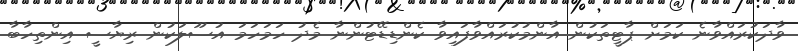
ވާދަކުރައްވާނެ ކަމަށް ޕާޓީތަކުން އާންމުކުރައްވާފައިވާ ކެންޑިޑޭޓުންނާ މެދު ހަމަހަމަ އުސޫލަކުން ރިޔާސީ އިންތިހާބާ